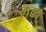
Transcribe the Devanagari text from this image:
मढा